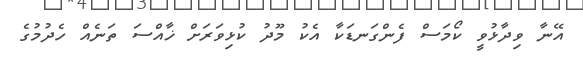
އޭނާ ވިދާޅުވީ ކޯމަސް ފެންގަނޑަކާ އެކު މޫދު ކުޅިވަރަށް ޚާއްސަ ތަނެއް ހެދުމުގެ